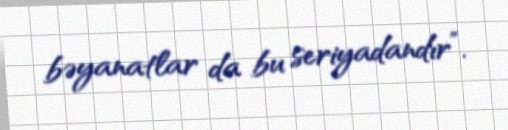
bəyanatlar da bu seriyadandır”.